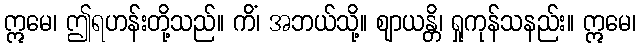
ဣမေ၊ ဤရဟန်းတို့သည်။ ကိံ၊ အဘယ်သို့။ ဈာယန္တိ၊ ရှုကုန်သနည်း။ ဣမေ၊